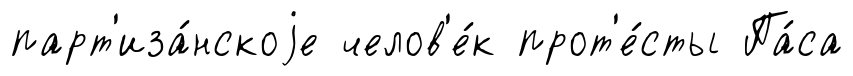
парт'иза́нскоjе челов'е́к прот'е́сты Па́са